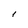
Character: I